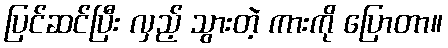
ပြင်ဆင်ပြီး လှည့် သွားတဲ့ ကားကို ပြောတာ။